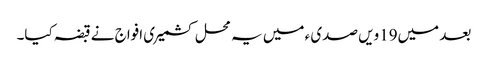
بعد میں19ویں صدی ء میں یہ محل کشمیری افواج نے قبضہ کیا۔